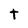
Character: t